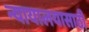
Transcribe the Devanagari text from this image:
न्यायालयासाठी